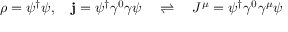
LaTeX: \rho = \psi ^ { \dagger } \psi , \quad \mathbf { j } = \psi ^ { \dagger } \gamma ^ { 0 } { \boldsymbol { \gamma } } \psi \quad \rightleftharpoons \quad J ^ { \mu } = \psi ^ { \dagger } \gamma ^ { 0 } \gamma ^ { \mu } \psi